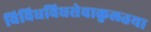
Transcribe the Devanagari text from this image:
विविधविधसेवाकुलतया